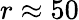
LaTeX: r\approx 50